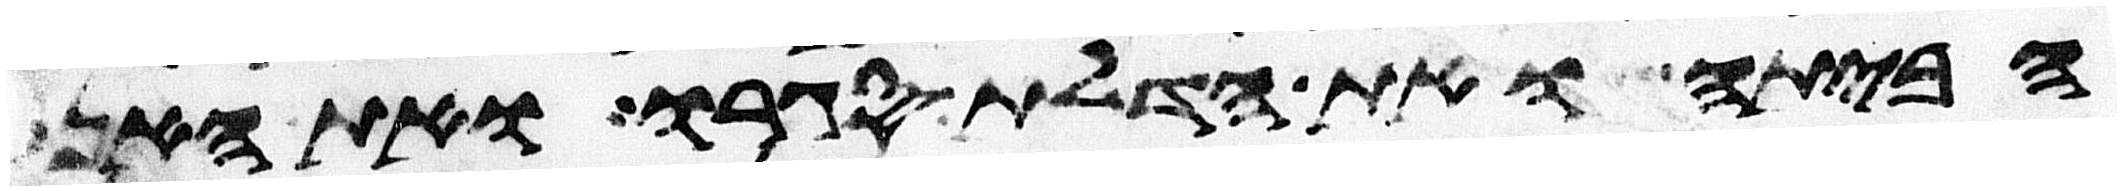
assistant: הביתה ואת הדלת סגרו ואת